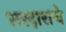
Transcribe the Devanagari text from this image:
सरदाराचे